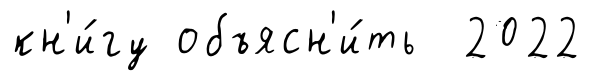
кн'и́гу объясн'и́ть 2022